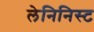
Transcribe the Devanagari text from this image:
लेनिनिस्ट